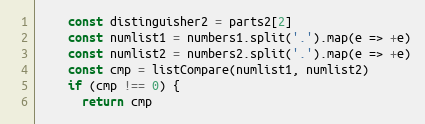
Language: JavaScript
    const distinguisher2 = parts2[2]
    const numlist1 = numbers1.split('.').map(e => +e)
    const numlist2 = numbers2.split('.').map(e => +e)
    const cmp = listCompare(numlist1, numlist2)
    if (cmp !== 0) {
      return cmp